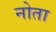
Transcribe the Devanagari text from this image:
नोता